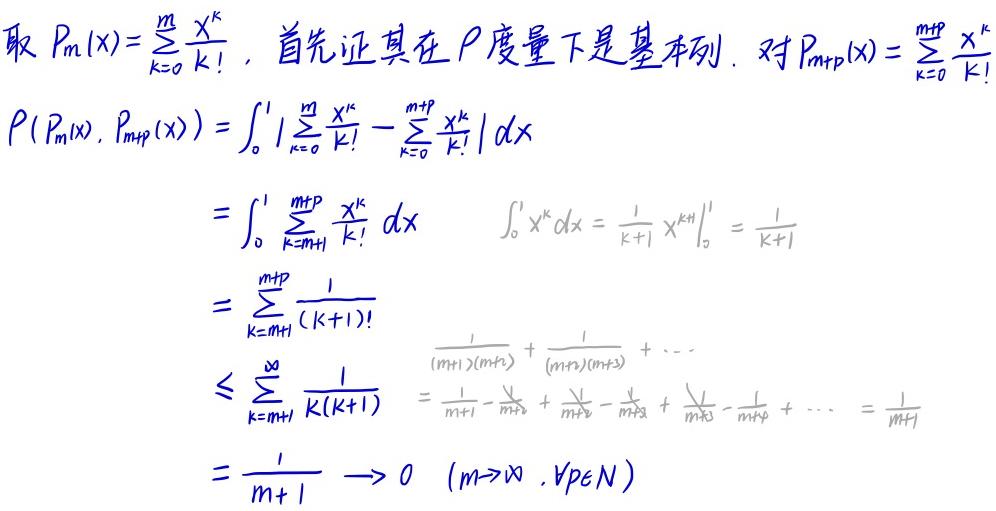
取 $P_m(x)=\sum_{k = 0}^{m}\frac{x^k}{k!}$，首先证其在 $P$ 度量下是基本列. 对 $P_{m + p}(x)=\sum_{k = 0}^{m + p}\frac{x^k}{k!}$
\[
\begin{align*}
P(P_m(x),P_{m + p}(x))&=\int_{0}^{1}\left|\sum_{k = 0}^{m}\frac{x^k}{k!}-\sum_{k = 0}^{m + p}\frac{x^k}{k!}\right|dx\\
&=\int_{0}^{1}\sum_{k = m+1}^{m + p}\frac{x^k}{k!}dx\quad\int_{0}^{1}x^kdx=\frac{1}{k + 1}x^{k+1}\big|_{0}^{1}=\frac{1}{k + 1}\\
&=\sum_{k = m+1}^{m + p}\frac{1}{(k + 1)!}\\
&\leq\sum_{k = m+1}^{\infty}\frac{1}{k(k + 1)}\quad=\frac{1}{(m + 1)(m+2)}+\frac{1}{(m + 2)(m+3)}+\cdots\\
&=\frac{1}{m + 1}-\frac{1}{m + 2}+\frac{1}{m + 2}-\frac{1}{m + 3}+\frac{1}{m + 3}-\frac{1}{m + 4}+\cdots=\frac{1}{m + 1}\\
&=\frac{1}{m + 1}\longrightarrow 0\quad(m\to\infty,\forall p\in N)
\end{align*}
\]